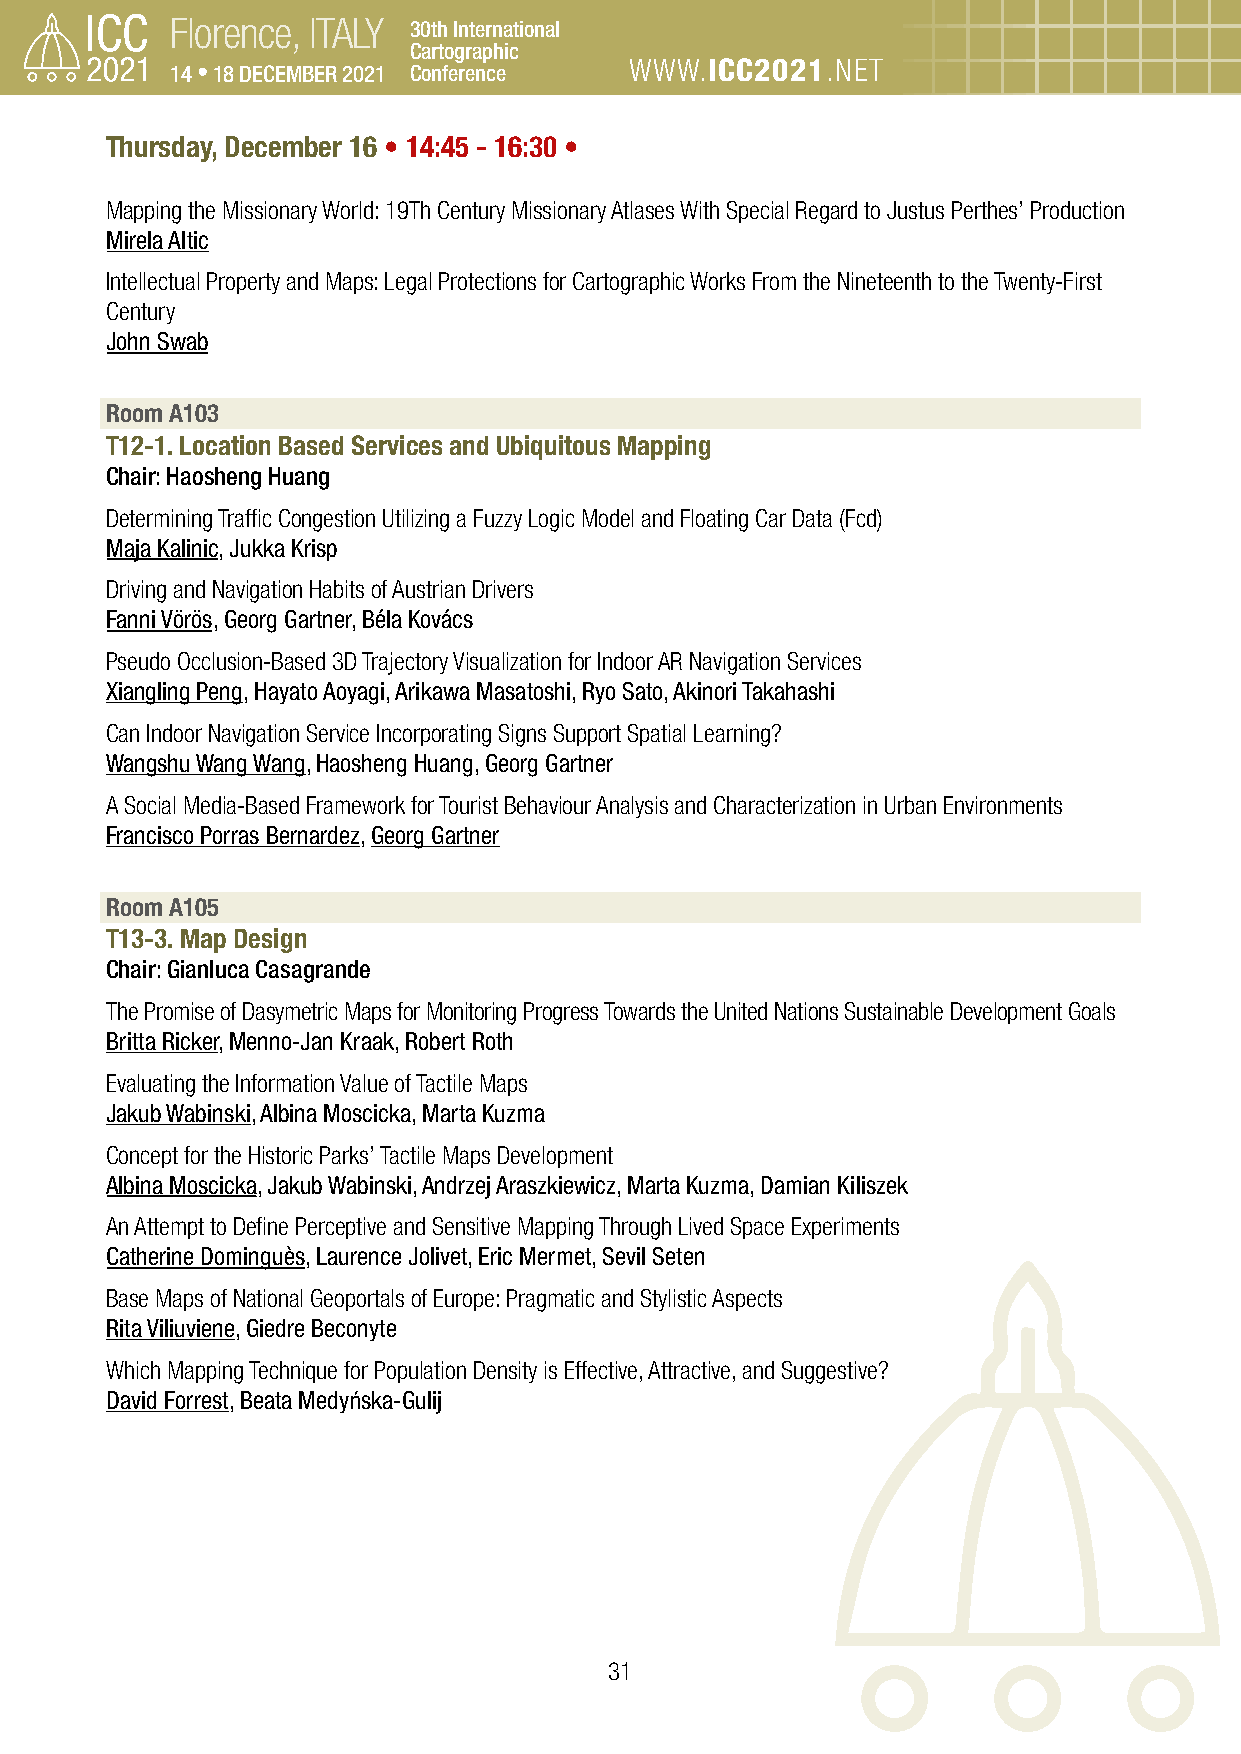
Florence, ITALY 30th International
 Cartographic
 14 • 18 DECEMBER 2021 Conference WWW.ICC2021.NET
 Thursday, December 16 • 14:45 - 16:30 •
 Mapping the Missionary World: 19Th Century Missionary Atlases With Special Regard to Justus Perthes’ Production
 Mirela Altic
 Intellectual Property and Maps: Legal Protections for Cartographic Works From the Nineteenth to the Twenty-First
 Century
 John Swab
 Room A103
 T12-1. Location Based Services and Ubiquitous Mapping
 Chair: Haosheng Huang
 Determining Traffic Congestion Utilizing a Fuzzy Logic Model and Floating Car Data (Fcd)
 Maja Kalinic, Jukka Krisp
 Driving and Navigation Habits of Austrian Drivers
 Fanni Vörös, Georg Gartner, Béla Kovács
 Pseudo Occlusion-Based 3D Trajectory Visualization for Indoor AR Navigation Services
 Xiangling Peng, Hayato Aoyagi, Arikawa Masatoshi, Ryo Sato, Akinori Takahashi
 Can Indoor Navigation Service Incorporating Signs Support Spatial Learning?
 Wangshu Wang Wang, Haosheng Huang, Georg Gartner
 A Social Media-Based Framework for Tourist Behaviour Analysis and Characterization in Urban Environments
 Francisco Porras Bernardez, Georg Gartner
 Room A105
 T13-3. Map Design
 Chair: Gianluca Casagrande
 The Promise of Dasymetric Maps for Monitoring Progress Towards the United Nations Sustainable Development Goals
 Britta Ricker, Menno-Jan Kraak, Robert Roth
 Evaluating the Information Value of Tactile Maps
 Jakub Wabinski, Albina Moscicka, Marta Kuzma
 Concept for the Historic Parks’ Tactile Maps Development
 Albina Moscicka, Jakub Wabinski, Andrzej Araszkiewicz, Marta Kuzma, Damian Kiliszek
 An Attempt to Define Perceptive and Sensitive Mapping Through Lived Space Experiments
 Catherine Dominguès, Laurence Jolivet, Eric Mermet, Sevil Seten
 Base Maps of National Geoportals of Europe: Pragmatic and Stylistic Aspects
 Rita Viliuviene, Giedre Beconyte
 Which Mapping Technique for Population Density is Effective, Attractive, and Suggestive?
 David Forrest, Beata Medyńska-Gulij
 31